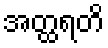
အတ္ထရတိ